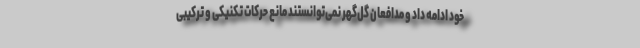
خود ادامه داد و مدافعان گل‌گهر نمی‌توانستند مانع حرکات تکنیکی و ترکیبی